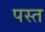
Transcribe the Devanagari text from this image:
पस्‍त